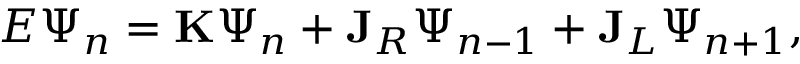
E \Psi _ { n } = \mathbf { K } \Psi _ { n } + \mathbf { J } _ { R } \Psi _ { n - 1 } + \mathbf { J } _ { L } \Psi _ { n + 1 } ,